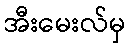
အီးမေးလ်မှ